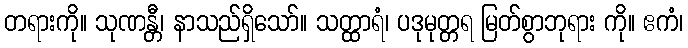
တရားကို။ သုဏန္တီ၊ နာသည်ရှိသော်။ သတ္ထာရံ၊ ပဒုမုတ္တရ မြတ်စွာဘုရား ကို။ ဧကံ၊